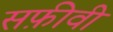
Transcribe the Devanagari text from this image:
सफ़ीवी